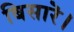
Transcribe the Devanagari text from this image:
बिसारॆ।